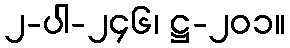
၂-ပါ-၂၄၆၊ ဋ္ဌ-၂၀၁။